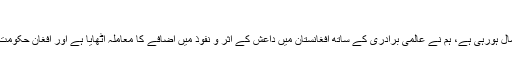
ترجمان دفترِ خارجہ محمد فیصل
ترجمان دفترِ خارجہ کا کہنا تھا کہ افغان سرزمین پاکستان کے خلاف استعمال ہورہی ہے، ہم نے عالمی برادری کے ساتھ افغانستان میں داعش کے اثر و نفوذ میں اضافے کا معاملہ اٹھایا ہے اور افغان حکومت سے کہا ہے کہ داعش کی بڑھتی ہوئی محفوظ پناہ گاہوں کا سدِباب کرے۔